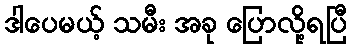
ဒါပေမယ့် သမီး အခု ပြောလို့ရပြီ